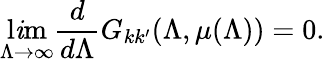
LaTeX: \operatorname*{l\mathit{i}m}_{\Lambda\to\infty}\frac{{d}}{{d\Lambda}}G_{kk^{\prime}}(\Lambda,\mu(\Lambda))=0.